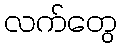
လက်တွေ